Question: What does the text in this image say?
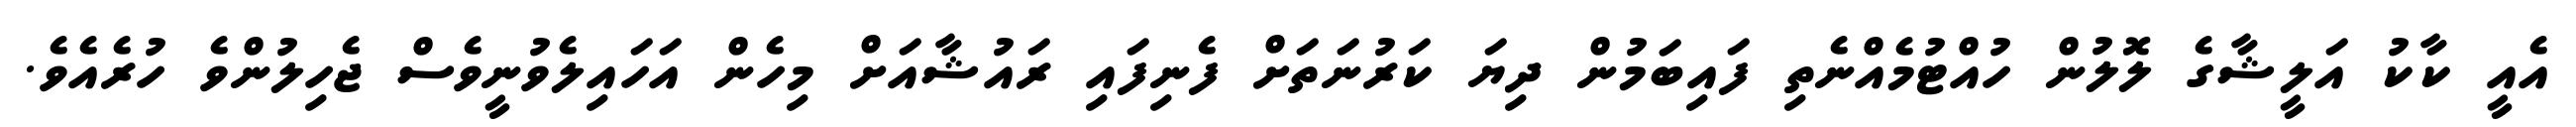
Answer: އެއީ ކާކު އަލީޝާގެ ލޮލުން ހުއްޓުމެއްނެތި ފައިބަމުން ދިޔަ ކަރުނަތަށް ފެނިފައި ރައުޝާއަށް މިހެން އަހައިލެވުނީވެސް ޖެހިލުންވެ ހުރެއެވެ.